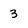
Character: 3